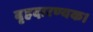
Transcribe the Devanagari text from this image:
बृहदारण्यक।